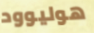
هوليوود